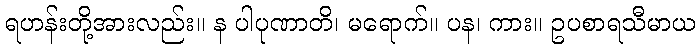
ရဟန်းတို့အားလည်း။ န ပါပုဏာတိ၊ မရောက်။ ပန၊ ကား။ ဥပစာရသီမာယ